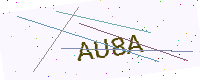
Text: AU8A